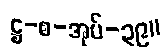
ဋ္ဌ-စ-အုပ်-၃၉။